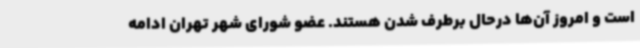
است و امروز آن‌ها درحال برطرف شدن هستند. عضو شورای شهر تهران ادامه